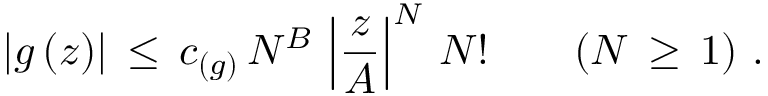
| g \, ( z ) | \, \leq \, c _ { ( g ) } \, N ^ { B } \, \left| \frac { z } { A } \right| ^ { N } \, N ! \qquad ( N \, \geq \, 1 ) \, \, .